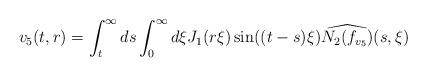
LaTeX: \begin{align*} v_{5}(t,r) = \int_{t}^{\infty} ds \int_{0}^{\infty} d\xi J_{1}(r\xi) \sin((t-s)\xi) \widehat{N_{2}(f_{v_{5}})}(s,\xi)\end{align*}